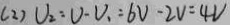
( 2 ) U _ { 2 } = U - U _ { 1 } = 6 V - 2 V = 4 V